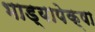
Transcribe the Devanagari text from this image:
भाड्यापेक्षा